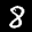
Label: 8